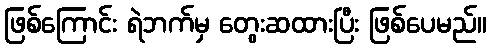
ဖြစ်ကြောင်း ရဲဘက်မှ တွေးဆထားပြီး ဖြစ်ပေမည်။